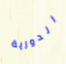
الدورية